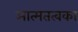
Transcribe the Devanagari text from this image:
आत्मतत्वका